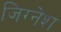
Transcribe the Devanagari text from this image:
जिग्नेश